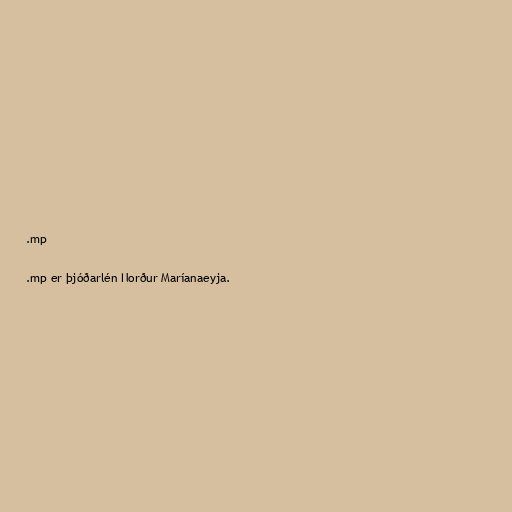
.mp

.mp er þjóðarlén Norður Maríanaeyja.